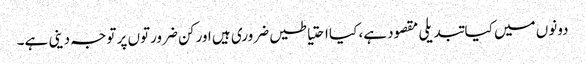
دونوں میں کیا تبدیلی مقصود ہے، کیا احتیاطیں ضروری ہیں اور کن ضرورتوں پر توجہ دینی ہے۔